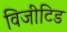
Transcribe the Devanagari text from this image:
विजीटिड